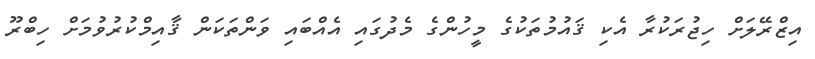
އިޒްރޭލަށް ހިޖުރަކުރާ އެކި ޤައުމުތަކުގެ މީހުންގެ މެދުގައި އެއްބައި ވަންތަކަން ޤާއިމްކުރުވުމަށް ހިބްރޫ